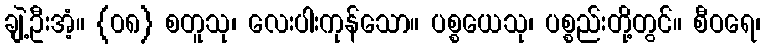
ချဲ့ဦးအံ့။ {၀၈} စတူသု၊ လေးပါးကုန်သော။ ပစ္စယေသု၊ ပစ္စည်းတို့တွင်။ စီဝရေ၊